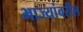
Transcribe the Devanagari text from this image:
भाज्यांवरील